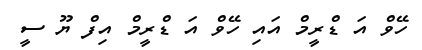
ހޭވް އަ ޑްރީމް އައި ހޭވް އަ ޑްރީމް އިފް ޔޫ ސީ